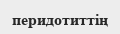
перидотиттің